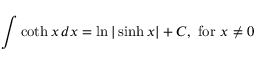
\int \coth x \, d x = \ln | \sinh x | + C , { \mathrm { ~ f o r ~ } } x \neq 0